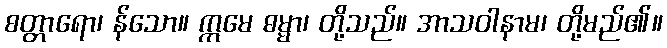
စတ္တာရော၊ န်သော။ ဣမေ ဓမ္မာ၊ တို့သည်။ အာသဝါနာမ၊ တို့မည်၏။